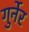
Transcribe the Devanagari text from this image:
गुर्नेर